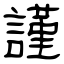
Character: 謹